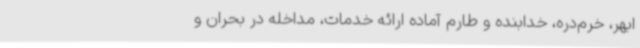
ابهر، خرم‌دره، خدابنده و طارم آماده ارائه خدمات، مداخله در بحران و